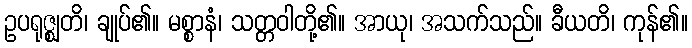
ဥပရုဇ္ဈတိ၊ ချုပ်၏။ မစ္စာနံ၊ သတ္တဝါတို့၏။ အာယု၊ အသက်သည်။ ခီယတိ၊ ကုန်၏။